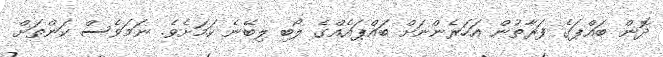
ދޮން ބައްޕަގެ ފަރާތުން އަހަރެންނަށް ބައްޕައެއްގެ ލޯބި ލިބޭނެ ކަމަށެވެ. ނަމަވެސް ކަންތަށް